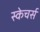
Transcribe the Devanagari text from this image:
स्केचर्स